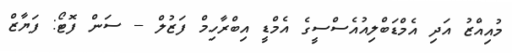
މުއިއްޒު އަދި އެމްޑަބްލިއުއެސްސީގެ އެމްޑީ އިބްރާހިމް ފަޒުލް -- ސަން ފޮޓޯ: ފަޔާޒް